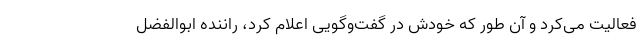
فعالیت می‌کرد و آن طور که خودش در گفت‌وگویی اعلام کرد، راننده ابوالفضل